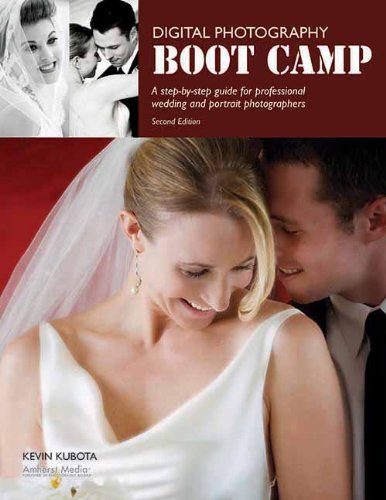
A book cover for Digital Photography Boot Camp: A Step-By-Step Guide for Professional Wedding and Portrait Photographers; Kevin Kubota; Crafts, Hobbies & Home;